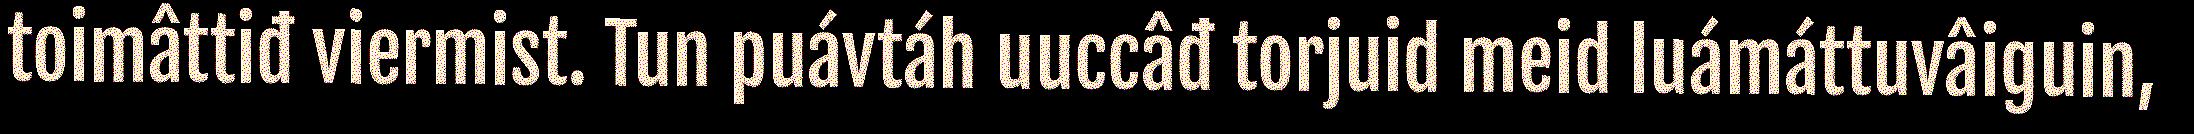
toimâttiđ viermist. Tun puávtáh uuccâđ torjuid meid luámáttuvâiguin,